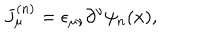
LaTeX: J _ { \mu } ^ { ( n ) } = \epsilon _ { \mu \nu } \partial ^ { \nu } \psi _ { n } ( x ) ,